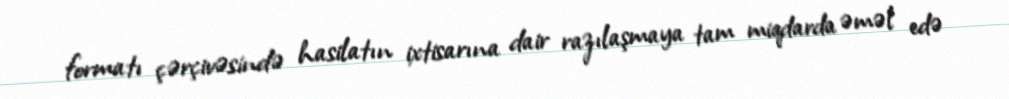
formatı çərçivəsində hasilatın ixtisarına dair razılaşmaya tam miqdarda əməl edə